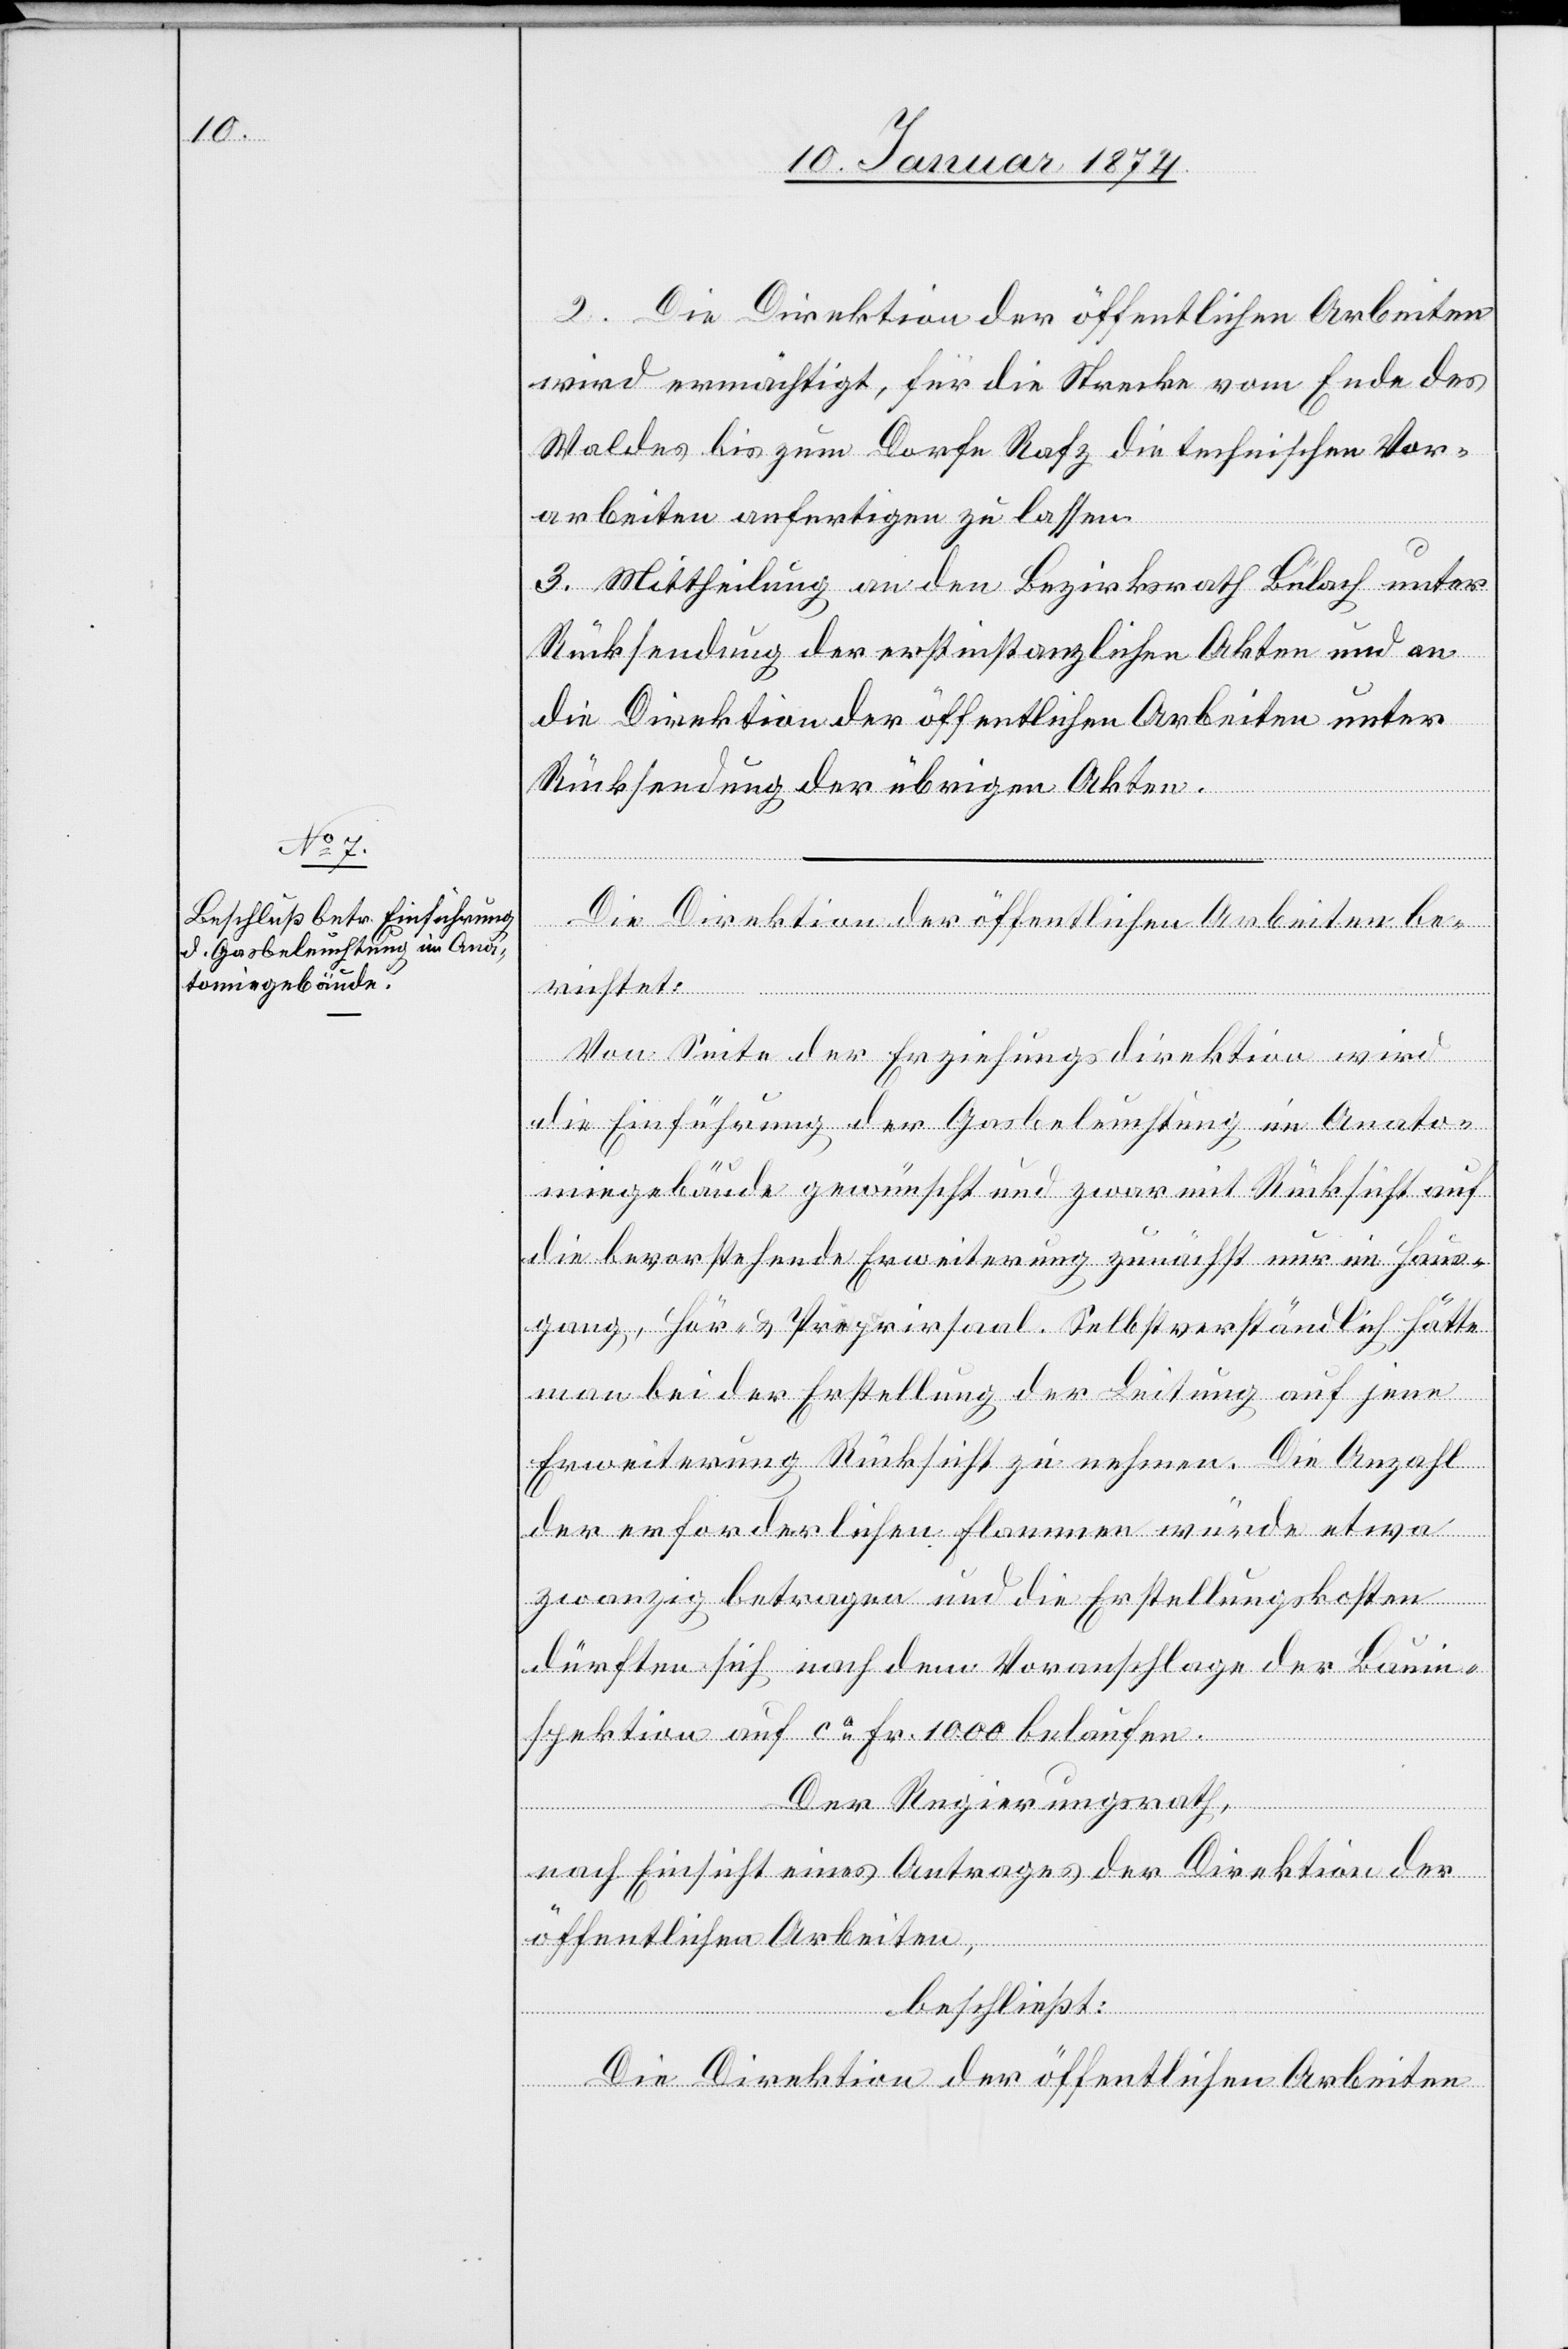
2. Die Direktion der öffentlichen Arbeiten
wird ermächtigt, für die Strecke vom Ende des
Waldes bis zum Dorfe Rafz die technischen Vor¬
arbeiten anfertigen zu lassen.
3. Mittheilung an den Bezirksrath Bülach unter
Rücksendung der erstinstanzlichen Akten und an
die Direktion der öffentlichen Arbeiten unter
Rücksendung der übrigen Akten.
Die Direktion der öffentlichen Arbeiten be¬
richtet:
Von Seite der Erziehungsdirektion wird
die Einführung der Gasbeleuchtung im Anato¬
miegebäude gewünscht und zuvor mit Rücksicht auf
die bevorstehende Erweiterung zunächst nur im Haus¬
gang, Hör- u. Preparirsaal. Selbstverständlich hätte
man bei der Erstellung der Leitung, auf jene
Erweiterung Rücksicht zu nehmen. Die Anzahl
der erforderlichen Flammen würde etwa
zwanzig betragen und die Erstellungskosten
dürften sich nach dem Voranschlage der Bauin¬
spektion auf ca Fr. 1000 belaufen.
Der Regierungsrath,
nach Einsicht eines Antrages der Direktion der
öffentlichen Arbeiten,
beschließt:
Die Direktion der öffentlichen Arbeiten